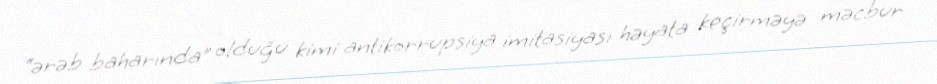
“ərəb baharında” olduğu kimi antikorrupsiya imitasiyası həyata keçirməyə məcbur